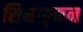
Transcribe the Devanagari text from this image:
सिमाङ्कन